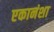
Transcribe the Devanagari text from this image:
एकानंशा